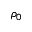
\rho _ { 0 }